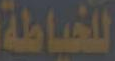
للخياطة